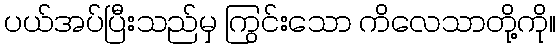
ပယ်အပ်ပြီးသည်မှ ကြွင်းသော ကိလေသာတို့ကို။